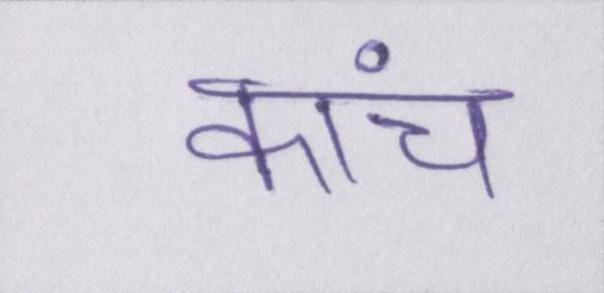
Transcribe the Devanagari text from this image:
कांच